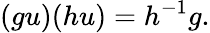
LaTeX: (gu)(hu)=h^{-1}g.